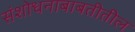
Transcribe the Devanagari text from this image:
संशोधनाबाबतीतील